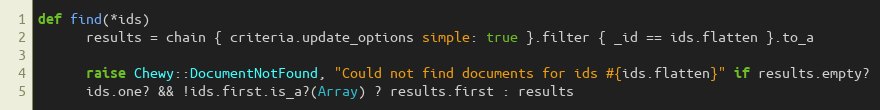
Language: Ruby
def find(*ids)
      results = chain { criteria.update_options simple: true }.filter { _id == ids.flatten }.to_a

      raise Chewy::DocumentNotFound, "Could not find documents for ids #{ids.flatten}" if results.empty?
      ids.one? && !ids.first.is_a?(Array) ? results.first : results